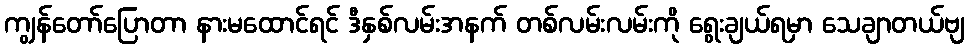
ကျွန်တော်ပြောတာ နားမထောင်ရင် ဒီနှစ်လမ်းအနက် တစ်လမ်းလမ်းကို ရွေးချယ်ရမှာ သေချာတယ်ဗျ